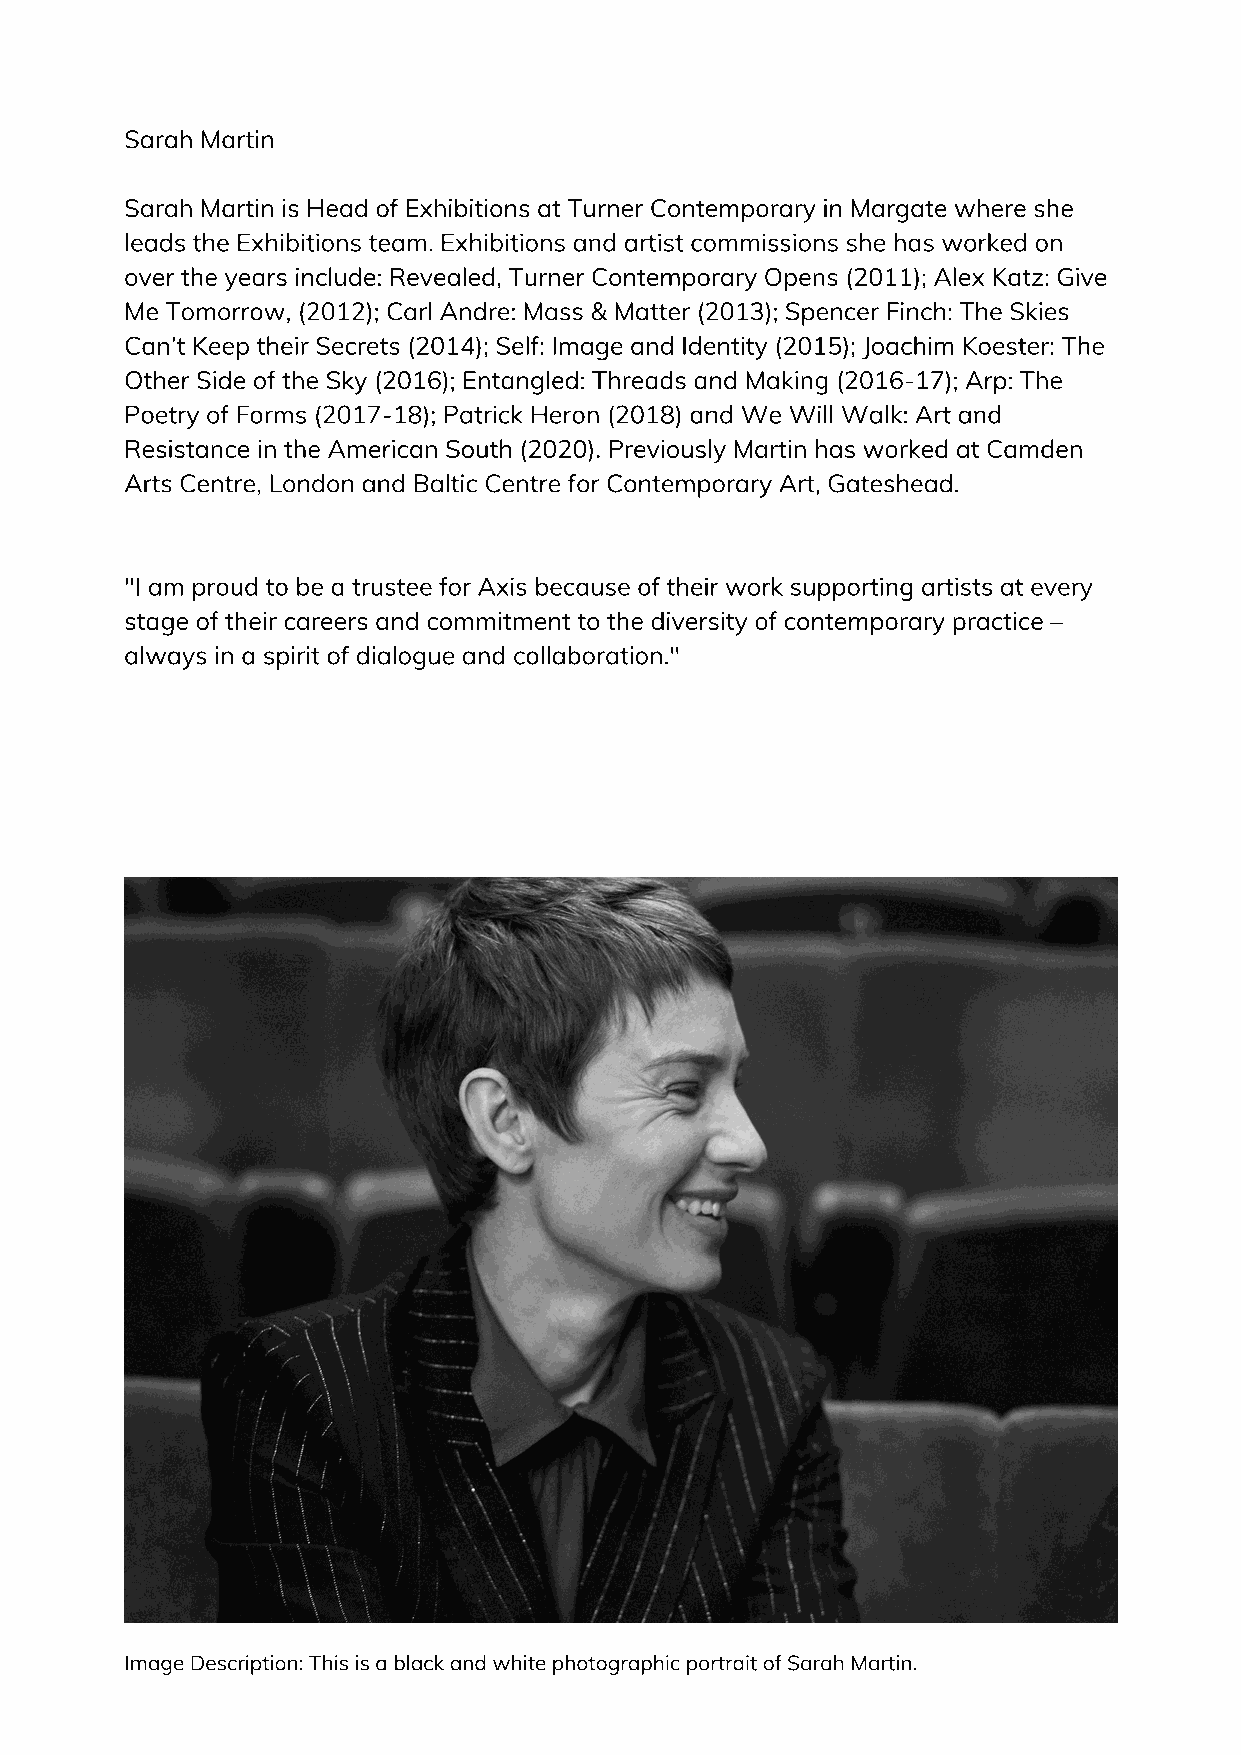
Sarah Martin
 Sarah Martin is Head of Exhibitions at Turner Contemporary in Margate where she
 leads the Exhibitions team. Exhibitions and artist commissions she has worked on
 over the years include: Revealed, Turner Contemporary Opens (2011); Alex Katz: Give
 Me Tomorrow, (2012); Carl Andre: Mass & Matter (2013); Spencer Finch: The Skies
 Can’t Keep their Secrets (2014); Self: Image and Identity (2015); Joachim Koester: The
 Other Side of the Sky (2016); Entangled: Threads and Making (2016-17); Arp: The
 Poetry of Forms (2017-18); Patrick Heron (2018) and We Will Walk: Art and
 Resistance in the American South (2020). Previously Martin has worked at Camden
 Arts Centre, London and Baltic Centre for Contemporary Art, Gateshead.
 "I am proud to be a trustee for Axis because of their work supporting artists at every
 stage of their careers and commitment to the diversity of contemporary practice –
 always in a spirit of dialogue and collaboration."
 Image Description: This is a black and white photographic portrait of Sarah Martin.